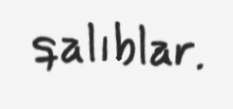
qalıblar.